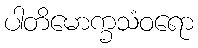
ပါတိမောက္ခသံဝရော